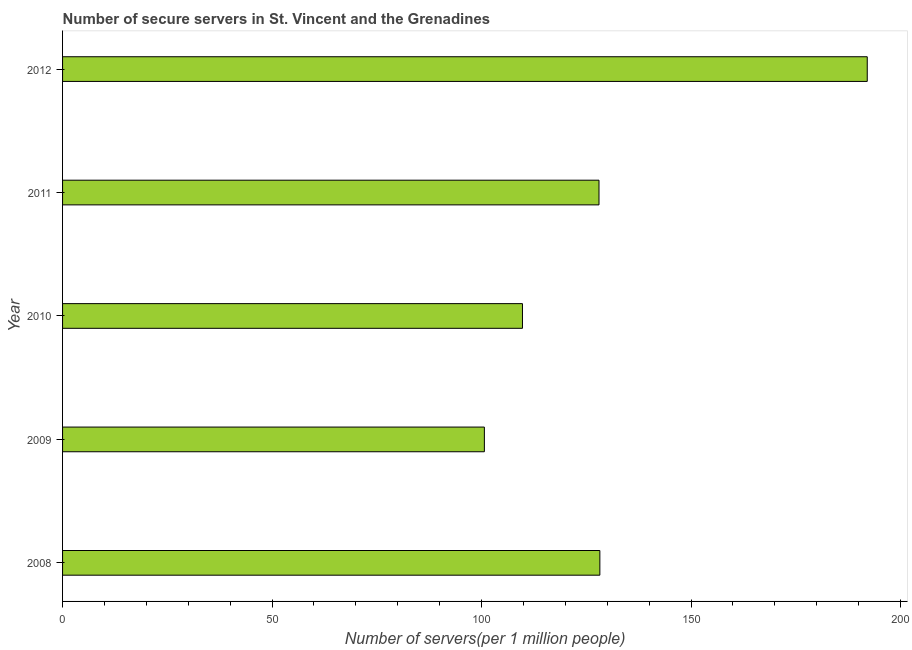
| Year | Secure Internet servers |
 | --- | --- |
 | 2008 | 128 |
 | 2009 | 101 |
 | 2010 | 110 |
 | 2011 | 128 |
 | 2012 | 192 |